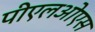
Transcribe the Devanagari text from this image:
पीएलओएस